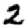
Digit: 2